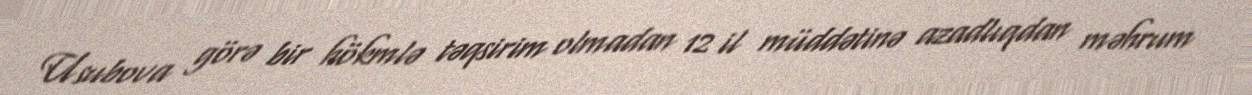
Usubova görə bir hökmlə təqsirim olmadan 12 il müddətinə azadlıqdan məhrum